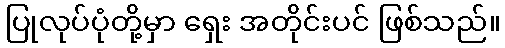
ပြုလုပ်ပုံတို့မှာ ရှေး အတိုင်းပင် ဖြစ်သည်။